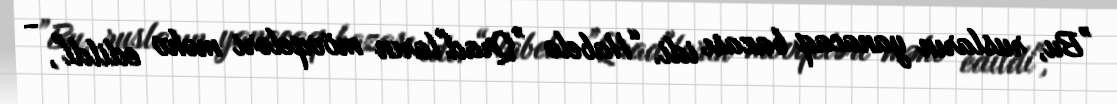
”Bu, rusların yanacaq bazası idi. “Habelə ”Qrad"ların mövqeləri məhv edildi", -